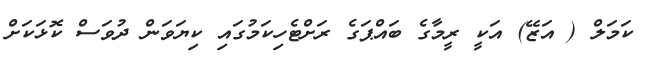
ކަމަލް ( އަޒޭ) އަކީ ރީމާގެ ބައްޕަގެ ރަށްޓެހިކަމުގައި ކިޔަވަން ދުވަސް ކޮޅަކަށް